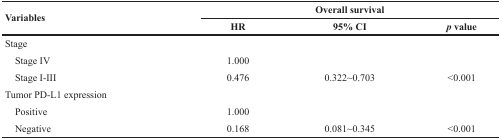
<table><thead><tr><td rowspan="2"><b>Variables</b></td><td colspan="3"><b>Overall survival</b></td></tr></thead><tbody><tr><td><b>HR</b></td><td><b>95% CI</b></td><td><b><i>p</i></b><b>value</b></td></tr><tr><td colspan="4">Stage</td></tr><tr><td> Stage IV</td><td>1.000</td><td></td><td></td></tr><tr><td> Stage I-III</td><td>0.476</td><td>0.322~0.703</td><td>&lt;0.001</td></tr><tr><td colspan="4">Tumor PD-L1 expression</td></tr><tr><td> Positive</td><td>1.000</td><td></td><td></td></tr><tr><td> Negative</td><td>0.168</td><td>0.081~0.345</td><td>&lt;0.001</td></tr></tbody></table>